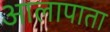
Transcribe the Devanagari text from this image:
आलापाता